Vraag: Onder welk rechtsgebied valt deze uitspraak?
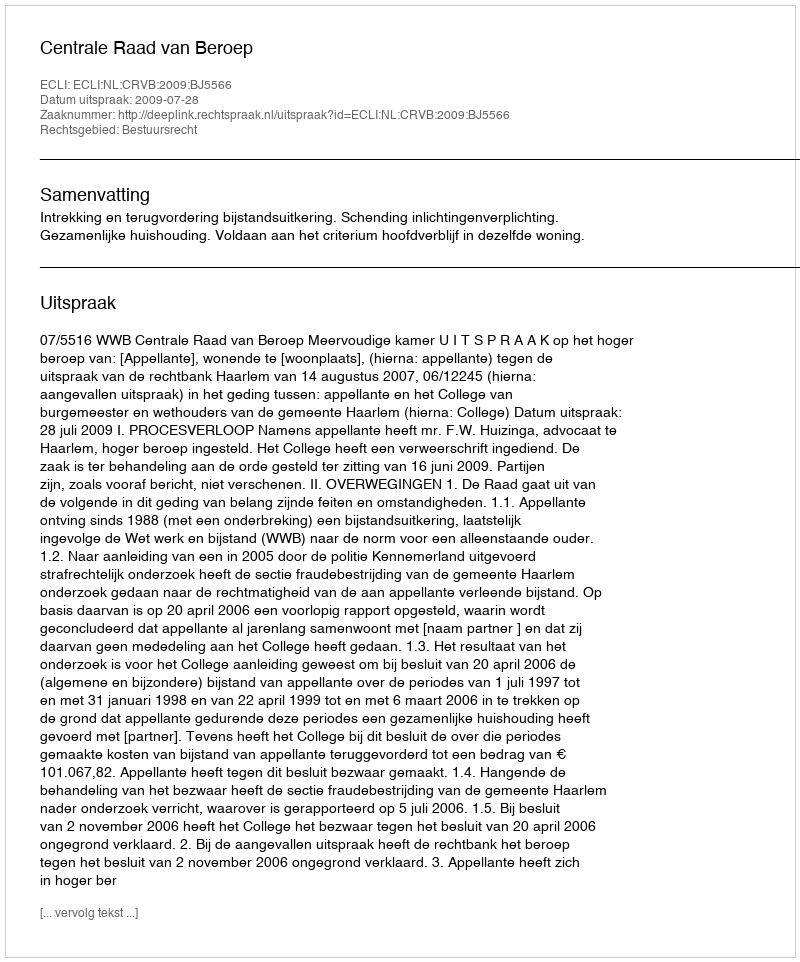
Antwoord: Bestuursrecht